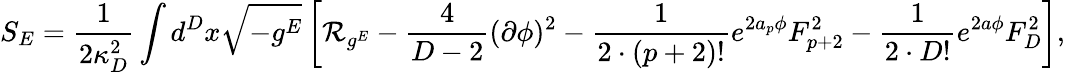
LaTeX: S_{E}={\frac{1}{2\kappa_{D}^{2}}}\int d^{D}x\sqrt{-g^{E}}\left[{\cal R}_{g^{E}}-{\frac{4}{D-2}}(\partial\phi)^{2}-{\frac{1}{2\cdot(p+2)!}}e^{2a_{p}\phi}F_{p+2}^{2}-{\frac{1}{2\cdot D!}}e^{2a\phi}F_{D}^{2}\right],